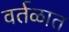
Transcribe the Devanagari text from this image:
वर्तळात